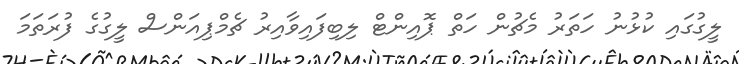
ލީގުގައި ކުޅުނު ހަތަރު މެޗުން ހަތް ޕޮއިންޓް ލިބިފައިވާއިރު ޗެމްޕިއަންސް ލީގުގެ ފުރަތަމަ